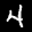
Label: 4